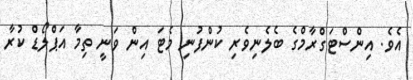
އެވެ. އިންސްޓަގްރާމްގެ ބެލެނިވެރި ކުންފުނި މެޓަ އިން ވަނީ ތިމާ އަޕްލޯޑް ކުރާ